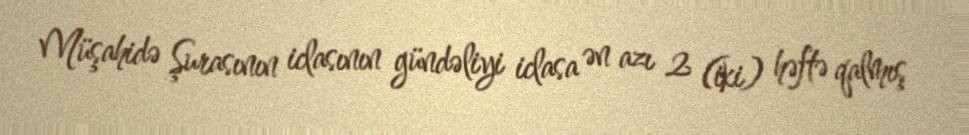
Müşahidə Şurasının iclasının gündəliyi iclasa ən azı 2 (iki) həftə qalmış